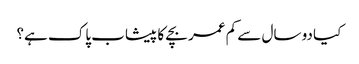
کیا دو سال سے کم عمر بچے کا پیشاب پاک ہے؟